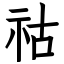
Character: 祜